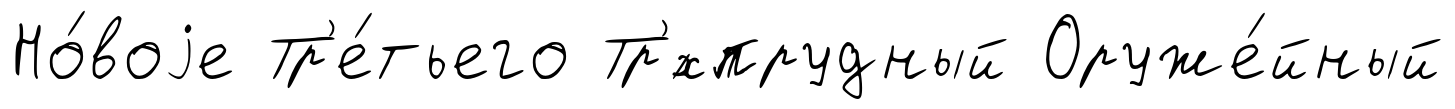
Но́воjе Тр'е́тьего Тр'́хпрудный Оруже́йный